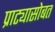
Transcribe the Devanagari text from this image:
प्राट्यासोबत